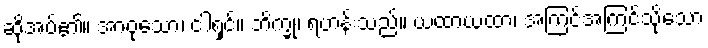
ဆိုအပ်၏။ အာဝုသော၊ ငါ့ရှင်။ ဘိက္ခု၊ ရဟန်းသည်။ ယထာယထာ၊ အကြင်အကြင်သို့သော